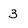
Character: 3